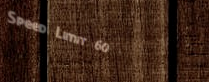
Speed Limit 60